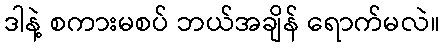
ဒါနဲ့ စကားမစပ် ဘယ်အချိန် ရောက်မလဲ။